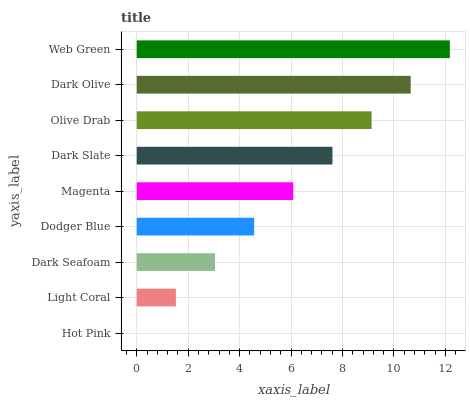
| yaxis_label | bars |
 | --- | --- |
 | Hot Pink | 0 |
 | Light Coral | 1.52 |
 | Dark Seafoam | 3.04 |
 | Dodger Blue | 4.56 |
 | Magenta | 6.09 |
 | Dark Slate | 7.61 |
 | Olive Drab | 9.13 |
 | Dark Olive | 10.7 |
 | Web Green | 12.2 |